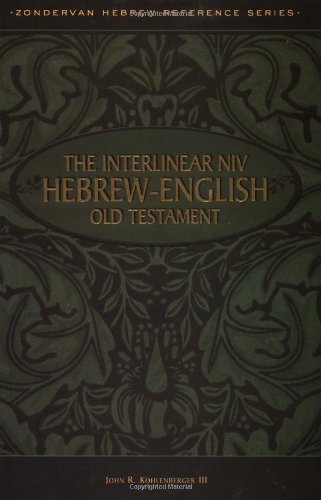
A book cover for Interlinear NIV Hebrew-English Old Testament, The; John R. Kohlenberger III; Christian Books & Bibles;